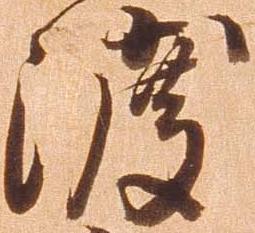
渡